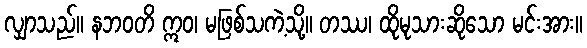
လျှာသည်။ နဘဝတိ ဣဝ၊ မဖြစ်သကဲ့သို့။ တဿ၊ ထိုမုသားဆိုသော မင်းအား။